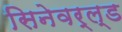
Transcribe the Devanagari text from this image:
सिनेवर्ल्ड